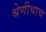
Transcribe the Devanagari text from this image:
श्रेणीचाच